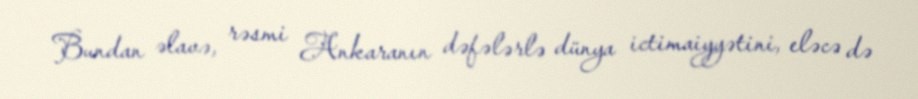
Bundan əlavə, rəsmi Ankaranın dəfələrlə dünya ictimaiyyətini, eləcə də